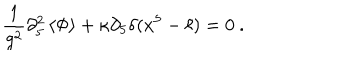
{ \frac { 1 } { g ^ { 2 } } } \partial _ { 5 } ^ { 2 } \left\langle { \Phi } \right\rangle + \kappa \partial _ { 5 } \delta ( x ^ { 5 } - \ell ) = 0 \ .